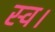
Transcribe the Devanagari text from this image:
स्‍व।